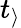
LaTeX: t_{\rangle}